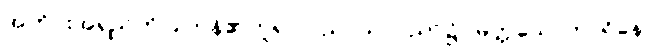
အတိုင်းအရှည်ကိုပြုကုန်၏ဟူ၍။ ပညာယ၊ ပညာ၌။ မတ္တသောကာရိနော၊